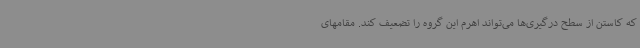
که کاستن از سطح درگیری‌ها می‌تواند اهرم این گروه را تضعیف کند. مقامهای